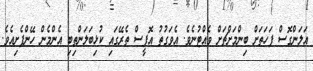
އަލަންގޮސް ފަހަތަށް ބިންމަށްޗަށް ވެއްޓުނެވެ. އެވަގުތު އޮފީސް ތެރޭގައި ކުޅިބަލަންތިބި އެންމެން ހޭންފެށިއެވެ.